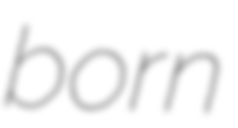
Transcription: born